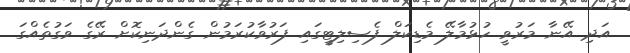
އަދި އޭނާ މަރުވީ ހުޅުމާލޭ މެޑިކަލް ފެސިލިޓީގައި ފަރުވާކުރަމުން ގެންދަނިކޮށް ރޭގެ ވަގުތެއްގަ